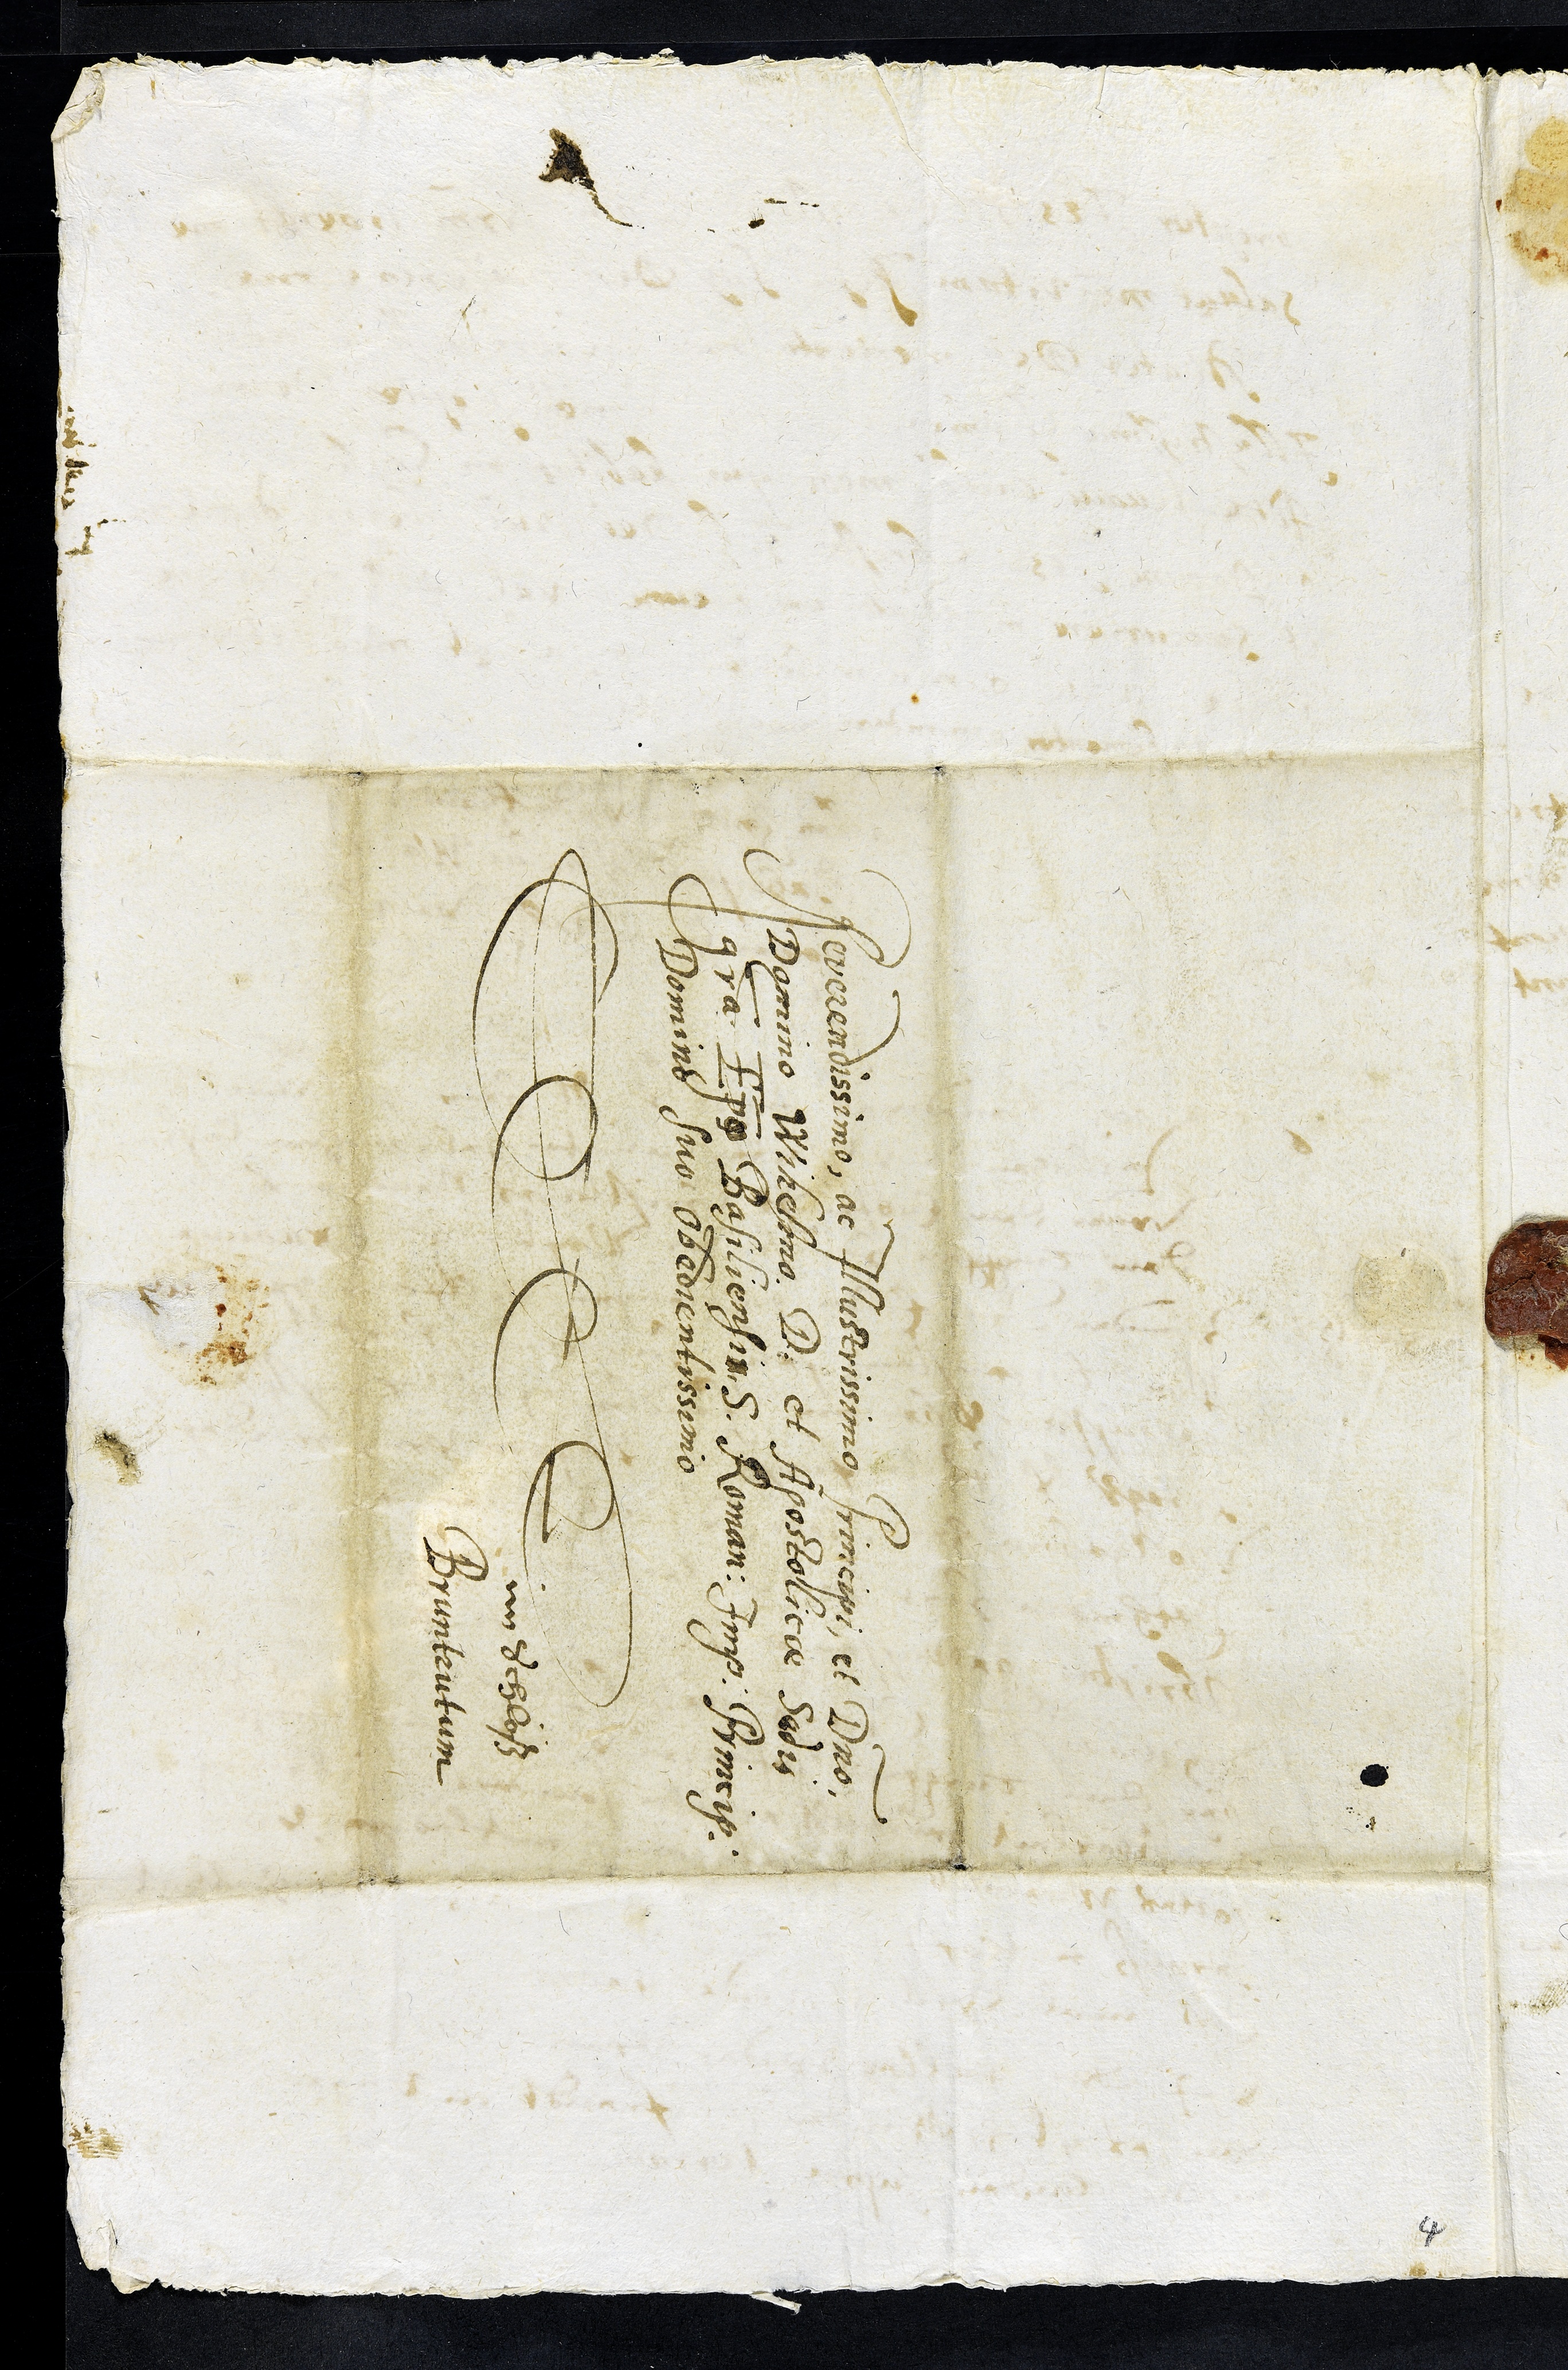
Reverendissimo, ac Illustrissimo Principi et Dno,
Domino Wihelmo D. et Apostolicae Sedis
gratia Epo Basiliensis S. Roman. Imp. Princip.
Domino suo obedientissimo
im Schlöß
Bruntrutum
4